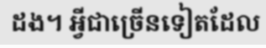
ដង។ អ្វីជាច្រើនទៀតដែល